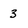
Character: 3